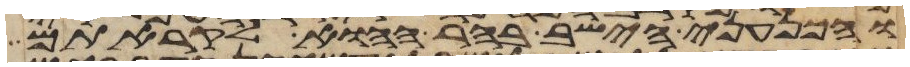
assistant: והכנעני הישב בהר ההוא לקראתם